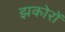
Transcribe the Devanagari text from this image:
झकोरों